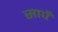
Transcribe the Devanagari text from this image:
सापँ